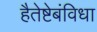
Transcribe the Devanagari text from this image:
हैतेष्टेबंविधा